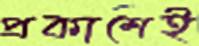
প্রকাশেই